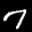
Label: 7